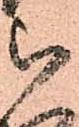
被